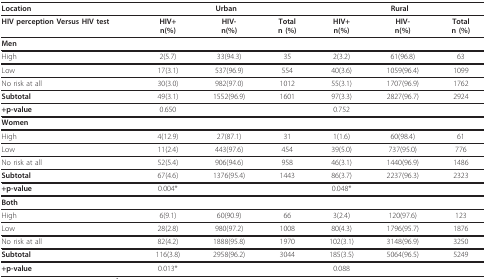
<table><thead><tr><td><b>Location</b></td><td colspan="3"><b>Urban</b></td><td colspan="3"><b>Rural</b></td></tr></thead><tbody><tr><td><b>HIV perception Versus HIV test</b></td><td><b>HIV+</b><b>n(%)</b></td><td><b>HIV-</b><b>n(%)</b></td><td><b>Total</b><b>n (%)</b></td><td><b>HIV+</b><b>n(%)</b></td><td><b>HIV-</b><b>n(%)</b></td><td><b>Total</b><b>n (%)</b></td></tr><tr><td><b>Men</b></td><td></td><td></td><td></td><td></td><td></td><td></td></tr><tr><td>High</td><td>2(5.7)</td><td>33(94.3)</td><td>35</td><td>2(3.2)</td><td>61(96.8)</td><td>63</td></tr><tr><td>Low</td><td>17(3.1)</td><td>537(96.9)</td><td>554</td><td>40(3.6)</td><td>1059(96.4)</td><td>1099</td></tr><tr><td>No risk at all</td><td>30(3.0)</td><td>982(97.0)</td><td>1012</td><td>55(3.1)</td><td>1707(96.9)</td><td>1762</td></tr><tr><td><b>Subtotal</b></td><td>49(3.1)</td><td>1552(96.9)</td><td>1601</td><td>97(3.3)</td><td>2827(96.7)</td><td>2924</td></tr><tr><td><b>+p-value</b></td><td>0.650</td><td></td><td></td><td>0.752</td><td></td><td></td></tr><tr><td><b>Women</b></td><td></td><td></td><td></td><td></td><td></td><td></td></tr><tr><td>High</td><td>4(12.9)</td><td>27(87.1)</td><td>31</td><td>1(1.6)</td><td>60(98.4)</td><td>61</td></tr><tr><td>Low</td><td>11(2.4)</td><td>443(97.6)</td><td>454</td><td>39(5.0)</td><td>737(95.0)</td><td>776</td></tr><tr><td>No risk at all</td><td>52(5.4)</td><td>906(94.6)</td><td>958</td><td>46(3.1)</td><td>1440(96.9)</td><td>1486</td></tr><tr><td><b>Subtotal</b></td><td>67(4.6)</td><td>1376(95.4)</td><td>1443</td><td>86(3.7)</td><td>2237(96.3)</td><td>2323</td></tr><tr><td><b>+p-value</b></td><td>0.004*</td><td></td><td></td><td>0.048*</td><td></td><td></td></tr><tr><td><b>Both</b></td><td></td><td></td><td></td><td></td><td></td><td></td></tr><tr><td>High</td><td>6(9.1)</td><td>60(90.9)</td><td>66</td><td>3(2.4)</td><td>120(97.6)</td><td>123</td></tr><tr><td>Low</td><td>28(2.8)</td><td>980(97.2)</td><td>1008</td><td>80(4.3)</td><td>1796(95.7)</td><td>1876</td></tr><tr><td>No risk at all</td><td>82(4.2)</td><td>1888(95.8)</td><td>1970</td><td>102(3.1)</td><td>3148(96.9)</td><td>3250</td></tr><tr><td><b>Subtotal</b></td><td>116(3.8)</td><td>2958(96.2)</td><td>3044</td><td>185(3.5)</td><td>5064(96.5)</td><td>5249</td></tr><tr><td><b>+p-value</b></td><td>0.013*</td><td></td><td></td><td>0.088</td><td></td><td></td></tr></tbody></table>